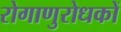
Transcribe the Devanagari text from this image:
रोगाणुरोधकों